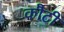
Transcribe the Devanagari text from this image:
कौटी